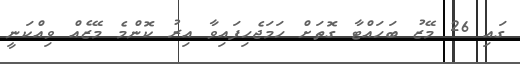
ގައި 26 މޭޒު ބަހައްޓާ ގޮތަށް ހަމަޖެހިފައިވާ އިރު ކޮންމެ މޭޒެއް ވިއްކަނީ